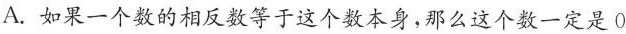
A.如果一个数的相反数等于这个数本身，那么这个数一定是0